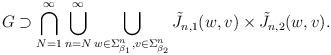
LaTeX: \begin{align*}G\supset \bigcap_{N=1}^{\infty}\bigcup_{n=N}^{\infty}\bigcup_{w\in\Sigma_{\beta_1}^n, v\in \Sigma_{\beta_2}^n}\tilde{J}_{n,1}(w,v)\times \tilde{J}_{n, 2}(w,v).\end{align*}